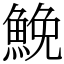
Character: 鮸